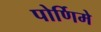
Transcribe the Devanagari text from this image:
पोर्णिमे